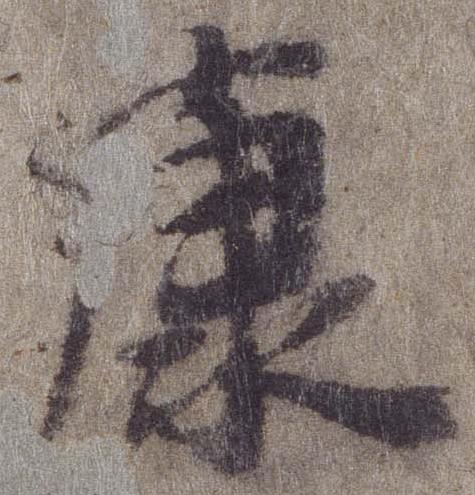
康